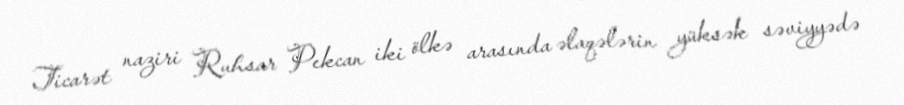
Ticarət naziri Ruhsar Pekcan iki ölkə arasında əlaqələrin yüksək səviyyədə